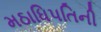
મઠાધિપતિની